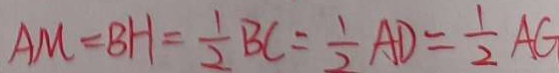
A M = B H = \frac { 1 } { 2 } B C = \frac { 1 } { 2 } A D = \frac { 1 } { 2 } A G